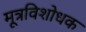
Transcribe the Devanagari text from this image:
मूत्रविशोधक